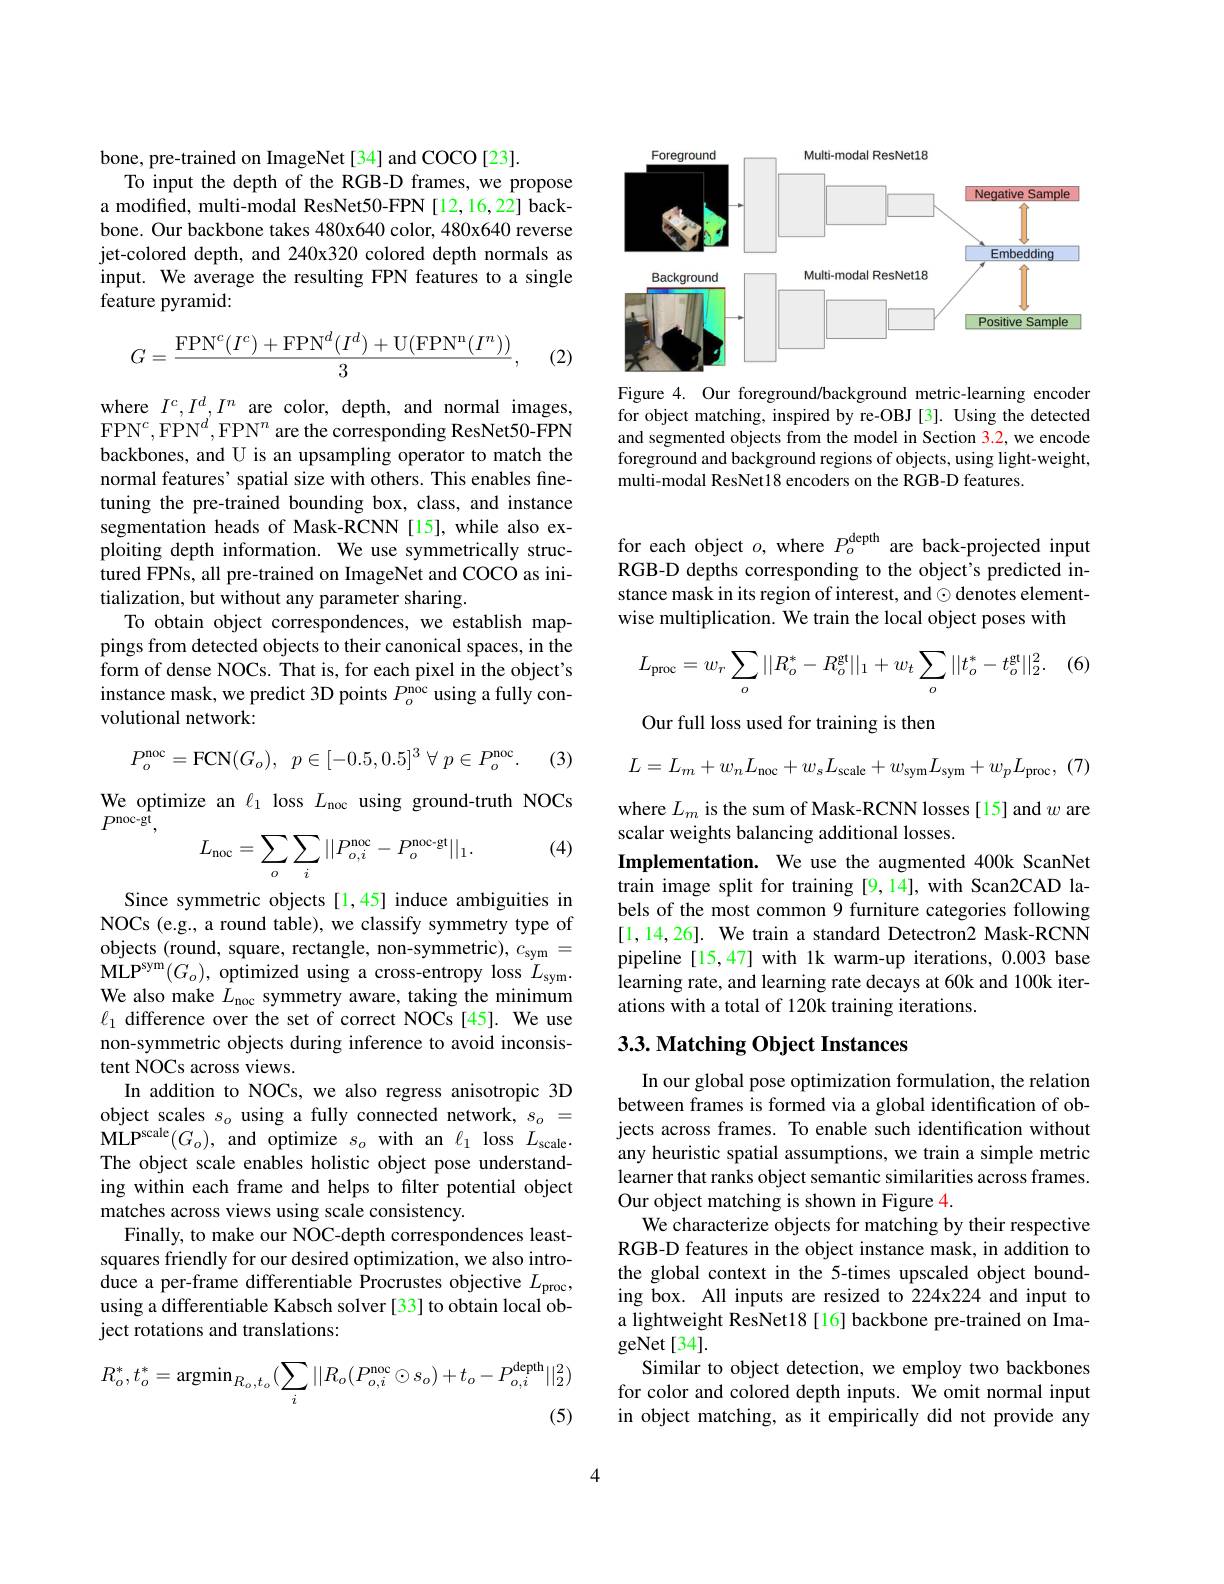
bone, pre-trained on ImageNet[34] and COCO[23].
To input the depth of the RGB-D frames, we propose a modified, multi-modal ResNet50-FPN [12,16,22] backbone. Our backbone takes 480x640 color, 480x640 reverse jet-colored depth, and 240x320 colored depth normals as input. We average the resulting FPN features to a single feature pyramid:
$$G=\frac{\mathrm{FPN}^c(I^c)+\mathrm{FPN}^d(I^d)+\mathrm{U}(\mathrm{FPN}^\mathrm{n}(I^n))}{3},$$
(2)

where $I^{c},I^{d},I^{n}$ are color, depth, and normal images, $\mathrm{FPN}^{c},\mathrm{FPN}^{d^{\prime}},\mathrm{FPN}^{n}$ are the corresponding ResNet50-FPN backbones, and U is an upsampling operator to match the normal features' spatial size with others. This enables finetuning the pre-trained bounding box, class, and instance segmentation heads of Mask-RCNN [15],while also exploiting depth information. We use symmetrically structured FPNs, all pre-trained on ImageNet and COCO as initialization, but without any parameter sharing.
To obtain object correspondences, we establish mappings from detected objects to their canonical spaces, in the form of dense NOCs. That is, for each pixel in the object's instance mask, we predict 3D points $P_o^\mathrm{noc}$ using a fully convolutional network:

(3)
$$P_{o}^{\mathrm{noc}}=\mathrm{FCN}(G_{o}),\:p\in[-0.5,0.5]^{3}\:\forall\:p\in P_{o}^{\mathrm{noc}}.$$
We optimize an $\ell_1$ loss $L_\mathrm{noc}$ using ground-truth NOCs
$P^{\mathrm{noc-g}\tilde{\mathrm{t}}}$,
$$L_{\mathrm{noc}}=\sum_{o}\sum_{i}||P_{o,i}^{\mathrm{noc}}-P_{o}^{\mathrm{noc-gt}}||_{1}.$$
(4)

Since symmetric objects[1,45] induce ambiguities in NOCs (e.g., a round table), we classify symmetry type of We also make $L_\mathrm{noc}$ symmetry aware, taking the minimum $\ell_{1}$ difference over the set of correct NOCs[45]. We use non-symmetric objects during inference to avoid inconsistent NOCs across views.
In addition to NOCs, we also regress anisotropic 3D object scales $s_o$ using a fully connected network, $s_o=$ $\mathrm{MLP}^{\mathrm{scale}}(G_{o})$, and optimize $s_o$ with an $\ell_1$ loss $L_{\mathrm{scale}}.$ The object scale enables holistic object pose understanding within each frame and helps to filter potential object matches across views using scale consistency.
Finally, to make our NOC-depth correspondences leastsquares friendly for our desired optimization, we also introduce a per-frame differentiable Procrustes objective $L_\mathrm{proc}$, using a differentiable Kabsch solver [33] to obtain local object rotations and translations:
$$R_{o}^{*},t_{o}^{*}=\mathrm{argmin}_{R_{o},t_{o}}(\sum_{i}||R_{o}(P_{o,i}^{\mathrm{noc}}\odot s_{o})+t_{o}-P_{o,i}^{\mathrm{depth}}||_{2}^{2})$$
<FigureHere>

Figure 4. Our foreground/background metric-learning encoder for object matching, inspired by re-OBJ [3]. Using the detected and segmented objects from the model in Section 3.2, we encode foreground and background regions of objects, using light-weight, multi-modal ResNet18 encoders on the RGB-D features.

for each object $o$, where $P_o^\mathrm{depth}$ are back-projected input RGB-D depths corresponding to the object's predicted instance mask in its region of interest, and $\odot$denotes elementwise multiplication. We train the local object poses with

(6
$$L_{\mathrm{proc}}=w_{r}\sum_{o}||R_{o}^{*}-R_{o}^{\mathrm{gt}}||_{1}+w_{t}\sum_{o}||t_{o}^{*}-t_{o}^{\mathrm{gt}}||_{2}^{2}.$$
Our full loss used for training is then

(7)
$$L=L_m+w_nL_{\mathrm{noc}}+w_sL_{\mathrm{scale}}+w_{\mathrm{sym}}L_{\mathrm{sym}}+w_pL_{\mathrm{proc}},$$
where $L_m$ is the sum of Mask-RCNN losses[15] and $w$ are
scalar weights balancing additional losses.
Implementation. We use the augmented 400k ScanNet train image split for training [9,14], with Scan2CAD labels of the most common 9 furniture categories following [1,14,26]. We train a standard Detectron2 Mask-RCNN pipeline[15,47] with 1k warm-up iterations, 0.003 base learning rate, and learning rate decays at 60k and 100k iterations with a total of 120k training iterations.

## 3.3. Matching Object Instances

In our global pose optimization formulation, the relation between frames is formed via a global identification of objects across frames. To enable such identification without any heuristic spatial assumptions, we train a simple metric learner that ranks object semantic similarities across frames. Our object matching is shown in Figure 4.
We characterize objects for matching by their respective RGB-D features in the object instance mask, in addition to the global context in the 5-times upscaled object bounding box. All inputs are resized to 224x224 and input to a lightweight ResNet18 [16] backbone pre-trained on ImageNet[34].
Similar to object detection, we employ two backbones for color and colored depth inputs. We omit normal input in object matching, as it empirically did not provide any

4